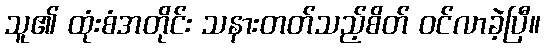
သူ၏ ထုံးစံအတိုင်း သနားတတ်သည့်စိတ် ဝင်လာခဲ့ပြီ။